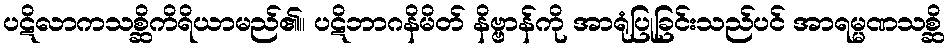
ပဋိလာကသစ္ဆိကိရိယာမည်၏။ ပဋိဘာဂနိမိတ် နိဗ္ဗာန်ကို အာရုံပြုခြင်းသည်ပင် အာရမ္မဏသစ္ဆိ